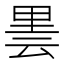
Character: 𮡒